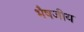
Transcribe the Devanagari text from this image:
भैषजीय